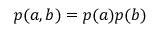
p ( a , b ) = p ( a ) p ( b )